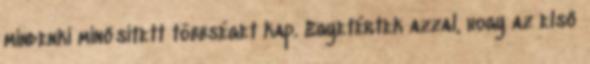
mindenki minősített többséget kap. Egyetértek azzal, hogy az első